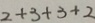
2 + 3 + 3 + 2